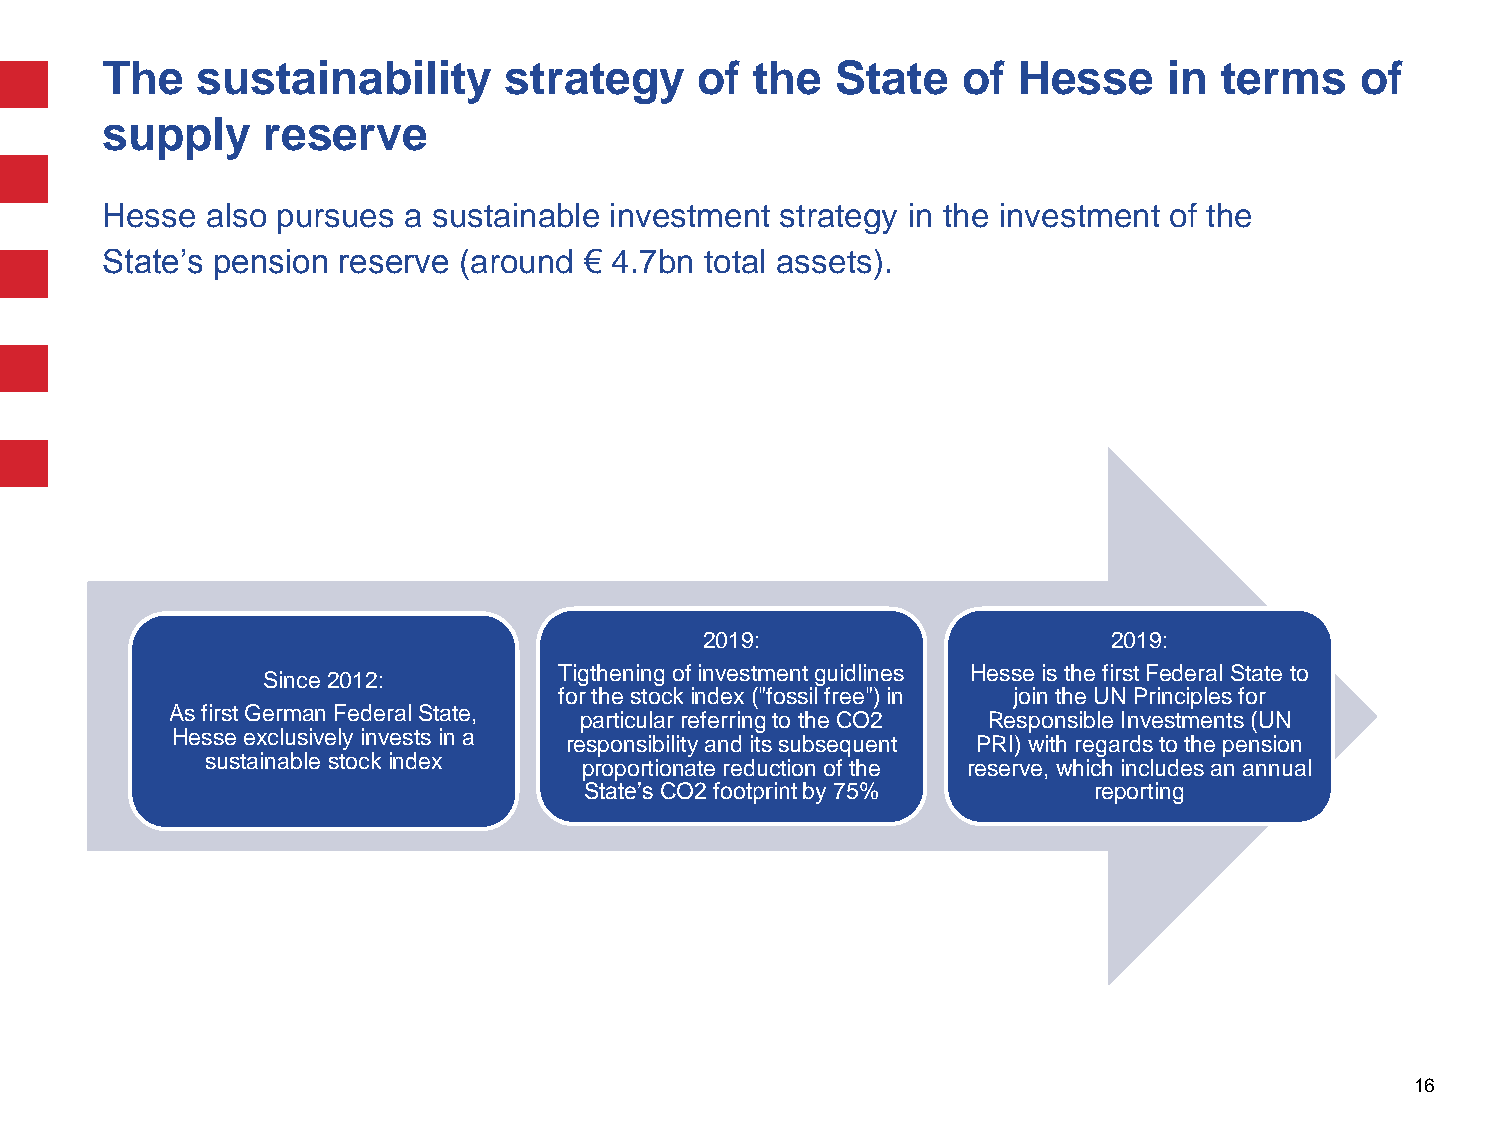
The   sustainability      strategy     of  the  State    of Hesse     in  terms    of
 supply    reserve
 Hesse  also pursues a sustainable investment strategy in the investment of the
 State’s pension reserve (around € 4.7bn total assets).
 2019:                      2019:
 Tigtheningof investmentguidlines Hesse is the first Federal State to
 Since 2012:
 forthestock index("fossil free") in join the UN Principles for
 As first German Federal State,
 particular referring to the CO2 Responsible Investments (UN
 Hesse exclusively invests in a
 responsibility and its subsequent PRI) with regards to the pension
 sustainable stock index
 proportionate reduction of the reserve, which includes an annual
 State’s CO2 footprint by 75%     reporting
 16